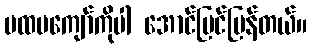
ပထမကျော်ကိုပါ အောင်မြင်ပြန်တယ်။